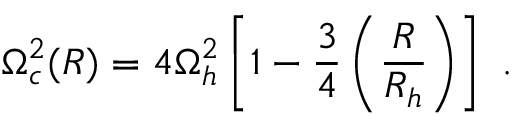
\Omega _ { c } ^ { 2 } ( R ) = 4 \Omega _ { h } ^ { 2 } \left[ 1 - \frac { 3 } { 4 } \left( \frac { R } { R _ { h } } \right) \right] \ .